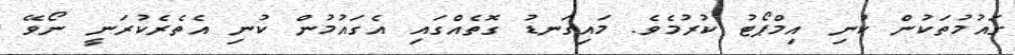
ގައުމުތަކުން ކުނި އިމްޕޯޓު ކުރުމެވެ. މައިގަނޑު ގޮތެއްގައި އެގައުމުން ކުނި އެތެރެކުރަނީ ނޯވޭ